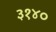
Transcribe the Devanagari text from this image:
३१४०